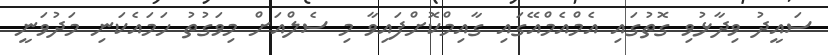
ސައީދު ވިދާޅުވި ގޮތުގައި އެމްއެމްއޭގައި ގާއިމްކޮށްފައިވާ މި ސެލްއަށް މިވަގުތު ހަމައެކަނި މަދުވަނީ